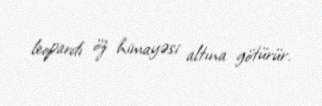
leopardı öz himayəsi altına götürür.